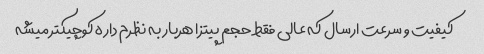
کیفیت و سرعت ارسال که عالی فقط حجم پیتزا هربار به نظرم داره کوچیکتر میشه